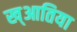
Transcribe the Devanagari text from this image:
ख्आतिया